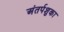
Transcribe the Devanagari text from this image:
अंतर्पशुका